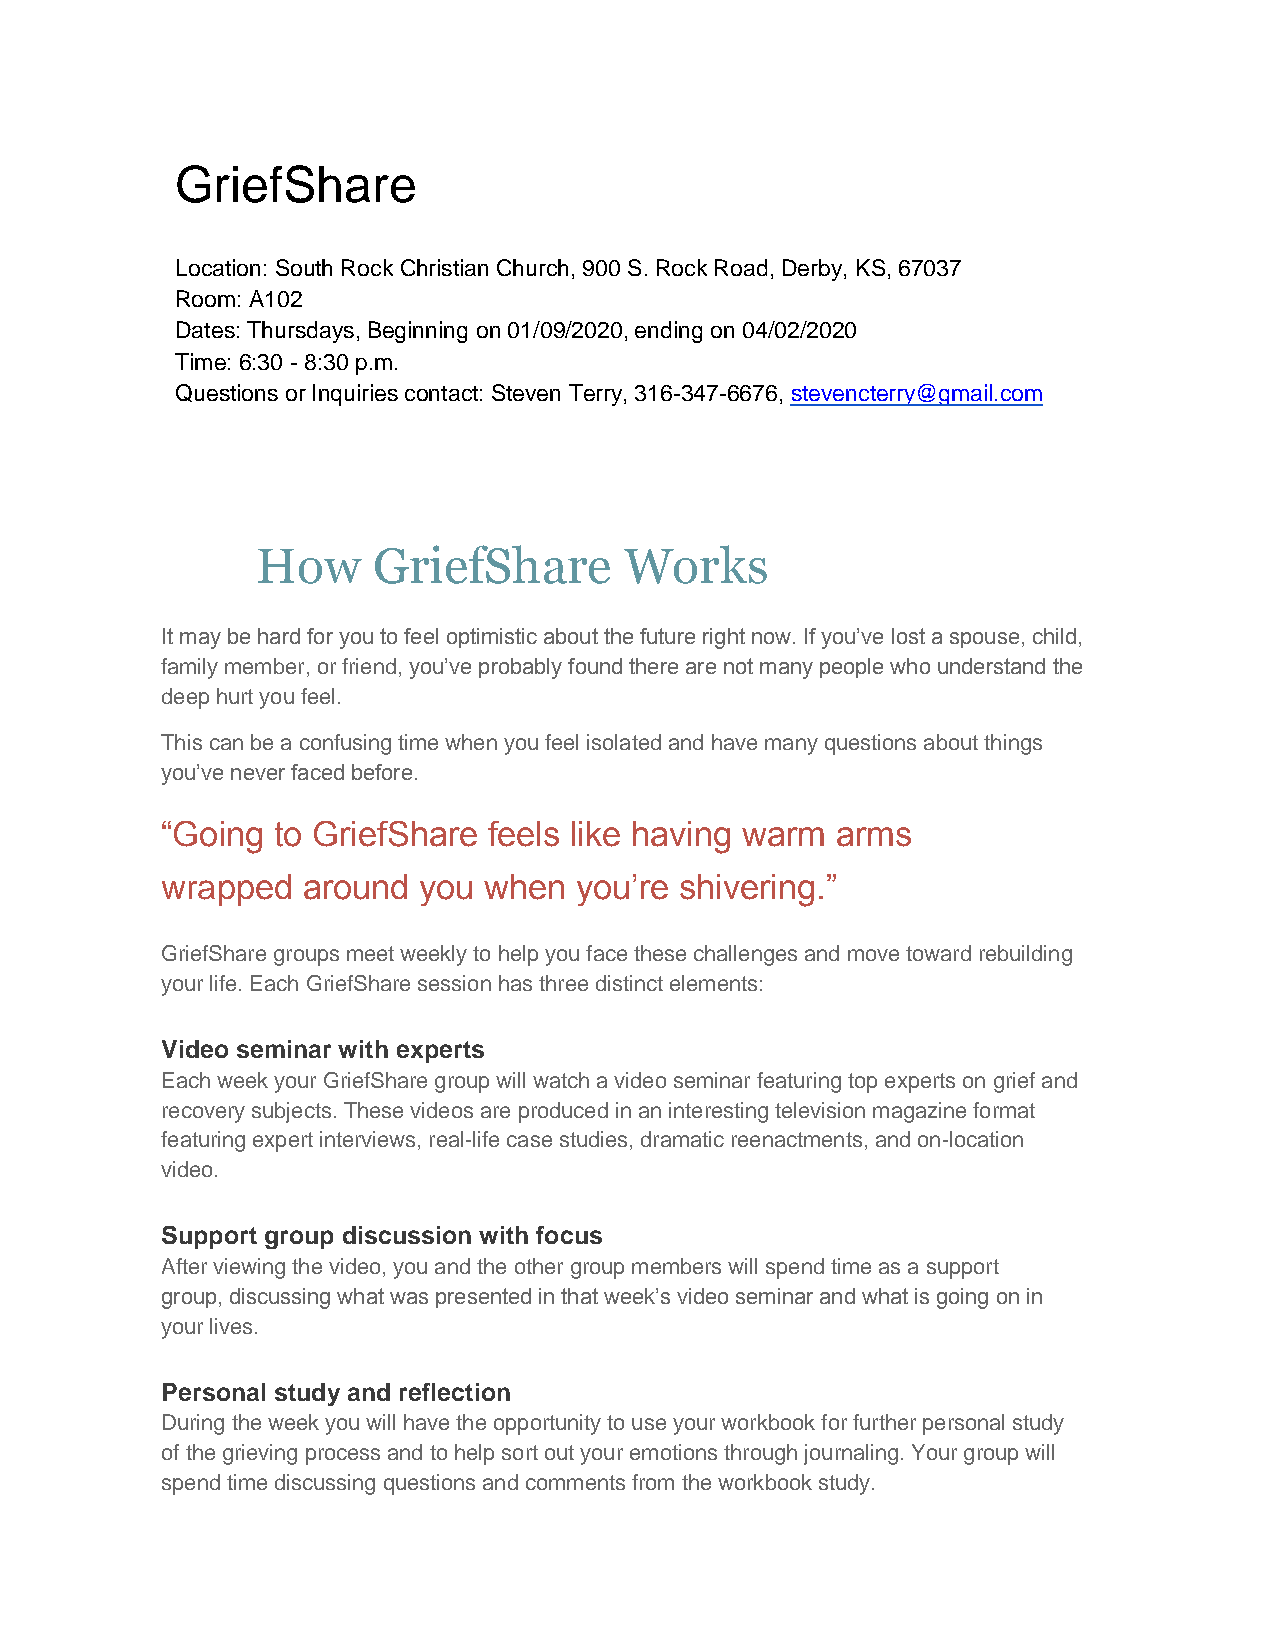
GriefShare
 Location: South Rock Christian Church, 900 S. Rock Road, Derby, KS, 67037
 Room: A102
 Dates: Thursdays, Beginning on 01/09/2020, ending on 04/02/2020
 Time: 6:30 - 8:30 p.m.
 Questions or Inquiries contact: Steven Terry, 316-347-6676, stevencterry@gmail.com
 How     GriefShare      Works
 It may be hard for you to feel optimistic about the future right now. If you’ve lost a spouse, child,
 family member, or friend, you’ve probably found there are not many people who understand the
 deep hurt you feel.
 This can be a confusing time when you feel isolated and have many questions about things
 you’ve never faced before.
 “Going to GriefShare feels like having warm arms
 wrapped  around  you when  you’re shivering.”
 GriefShare groups meet weekly to help you face these challenges and move toward rebuilding
 your life. Each GriefShare session has three distinct elements:
 Video seminar with experts
 Each week your GriefShare group will watch a video seminar featuring top experts on grief and
 recovery subjects. These videos are produced in an interesting television magazine format
 featuring expert interviews, real-life case studies, dramatic reenactments, and on-location
 video.
 Support group discussion with focus
 After viewing the video, you and the other group members will spend time as a support
 group, discussing what was presented in that week’s video seminar and what is going on in
 your lives.
 Personal study and reflection
 During the week you will have the opportunity to use your workbook for further personal study
 of the grieving process and to help sort out your emotions through journaling. Your group will
 spend time discussing questions and comments from the workbook study.